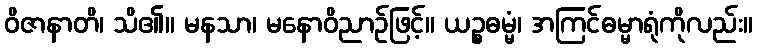
ဝိဇာနာတိ၊ သိ၏။ မနသာ၊ မနောဝိညာဉ်ဖြင့်။ ယဉ္စဓမ္မံ၊ အကြင်ဓမ္မာရုံကိုလည်း။